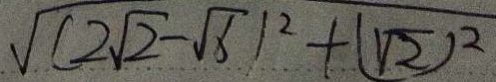
\sqrt { ( 2 \sqrt { 2 } - \sqrt { 6 } ) ^ { 2 } + ( \sqrt { 2 } ) ^ { 2 } }